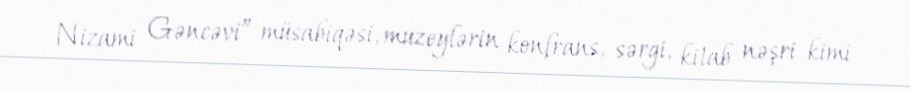
Nizami Gəncəvi” müsabiqəsi, muzeylərin konfrans, sərgi, kitab nəşri kimi